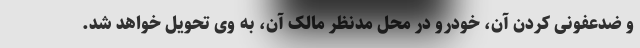
و ضدعفونی کردن آن، خودرو در محل مدنظر مالک آن، به وی تحویل خواهد شد.